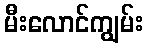
မီးလောင်ကျွမ်း